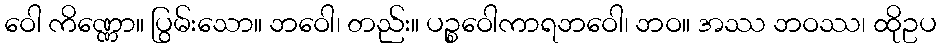
ဝေါ ကိဏ္ဏော။ ပြွမ်းသော။ ဘဝေါ၊ တည်း။ ပဉ္စဝေါကာရဘဝေါ၊ ဘဝ။ အဿ ဘဝဿ၊ ထိုဥပ